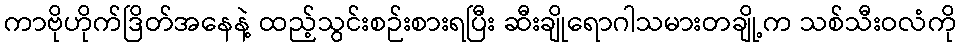
ကာဗိုဟိုက်ဒြိတ်အနေနဲ့ ထည့်သွင်းစဉ်းစားရပြီး ဆီးချိုရောဂါသမားတချို့က သစ်သီးဝလံကို